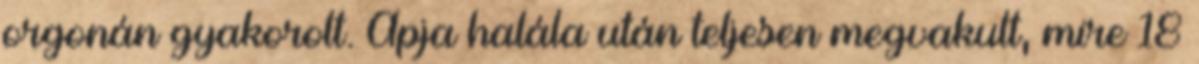
orgonán gyakorolt. Apja halála után teljesen megvakult, mire 18